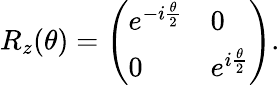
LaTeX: R_{z}(\theta)=\left(\begin{array}{ll}{e^{-i\frac{\theta}{2}}}&{0}\\ {0}&{e^{i\frac{\theta}{2}}}\end{array}\right).